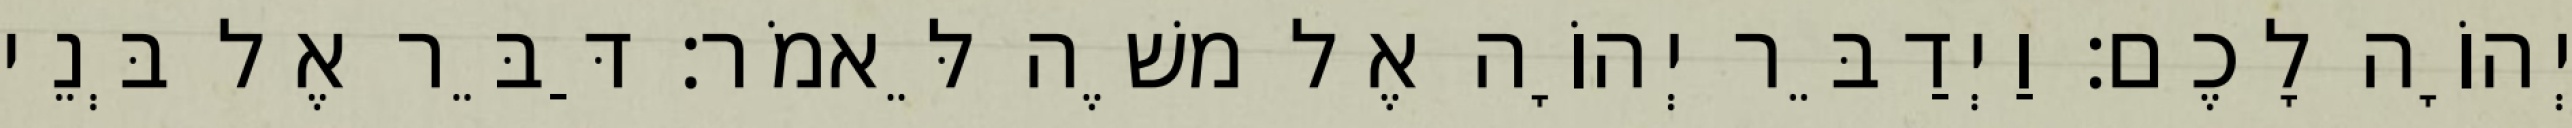
יְהוָֹה לָכֶם׃ וַיְדַבֵּר יְהוָֹה אֶל משֶׁה לֵּאמֹר׃ דַּבֵּר אֶל בְּנֵי